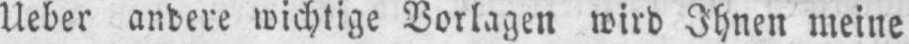
Ueber andere wichtige Vorlagen wird Ihnen meine